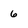
Character: 6